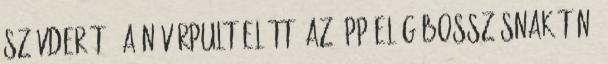
szívderítő. A nővérpult előtt, az épp elég bosszúsnak tűnő